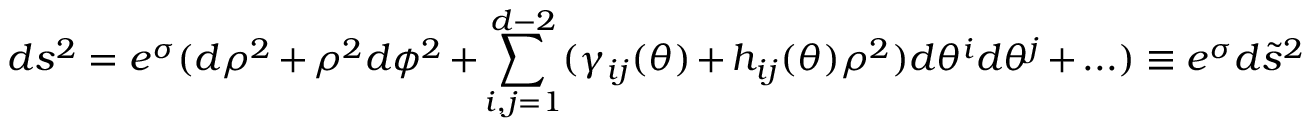
d s ^ { 2 } = e ^ { \sigma } ( d \rho ^ { 2 } + \rho ^ { 2 } d \phi ^ { 2 } + \sum _ { i , j = 1 } ^ { d - 2 } ( \gamma _ { i j } ( \theta ) + h _ { i j } ( \theta ) \rho ^ { 2 } ) d \theta ^ { i } d \theta ^ { j } + . . . ) \equiv e ^ { \sigma } d \tilde { s } ^ { 2 }